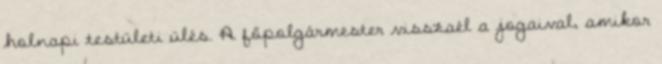
holnapi testületi ülés. A főpolgármester visszaél a jogaival, amikor